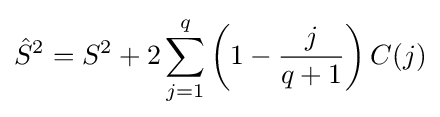
{\hat {S}}^{2}=S^{2}+2\sum _{j=1}^{q}\left(1-{\frac {j}{q+1}}\right)C(j)